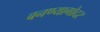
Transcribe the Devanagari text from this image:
बनण्यागोदर